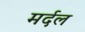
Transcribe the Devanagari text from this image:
मर्दल